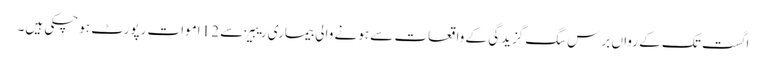
اگست تک کے رواں برس سگ گزیدگی کے واقعات سے ہونے والی بیماری ریبیز سے 12 اموات رپورٹ ہوچکی ہیں۔